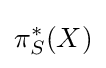
\pi _{S}^{*}(X)